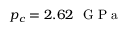
p _ { c } = 2 . 6 2 ~ \mathrm { ~ G ~ P ~ a ~ }